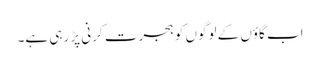
اب گاؤں کے لوگوں کو ہجرت کرنی پڑ رہی ہے۔